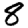
Digit: 8